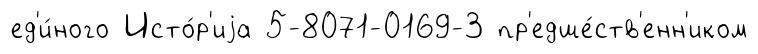
ед'и́ного Исто́р'иjа 5-8071-0169-3 пр'едше́ств'енн'иком